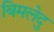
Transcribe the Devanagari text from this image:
बिमलेदु